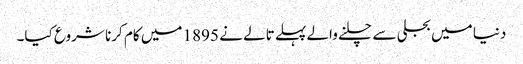
دنیا میں بجلی سے چلنے والے پہلے تالے نے 1895 میں کام کرنا شروع کیا۔